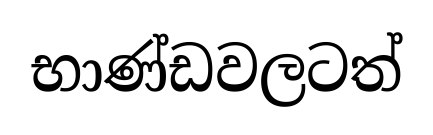
භාණ්ඩවලටත්